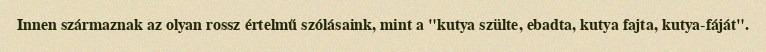
Innen származnak az olyan rossz értelmű szólásaink, mint a "kutya szülte, ebadta, kutya fajta, kutya-fáját".